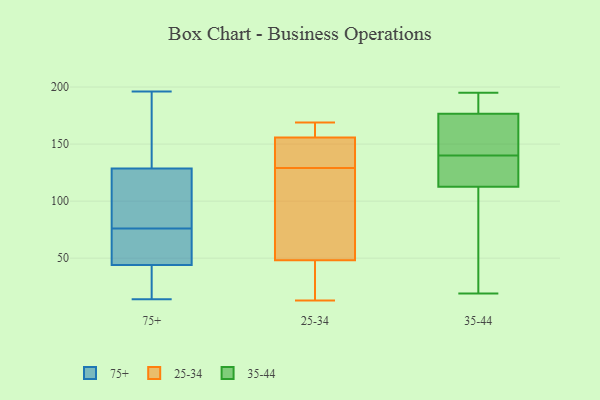
{"axis": {"x": "Energy Usage (MWh)", "y": "Value"}, "legend": ["25-34", "35-44", "75+"], "data": [{"x": "", "y": 117, "type": "75+"}, {"x": "", "y": 46, "type": "75+"}, {"x": "", "y": 42, "type": "75+"}, {"x": "", "y": 136, "type": "75+"}, {"x": "", "y": 92, "type": "75+"}, {"x": "", "y": 121, "type": "75+"}, {"x": "", "y": 21, "type": "75+"}, {"x": "", "y": 148, "type": "75+"}, {"x": "", "y": 52, "type": "75+"}, {"x": "", "y": 14, "type": "75+"}, {"x": "", "y": 59, "type": "75+"}, {"x": "", "y": 196, "type": "75+"}, {"x": "", "y": 103, "type": "75+"}, {"x": "", "y": 150, "type": "75+"}, {"x": "", "y": 60, "type": "75+"}, {"x": "", "y": 39, "type": "75+"}, {"x": "", "y": 80, "type": "25-34"}, {"x": "", "y": 64, "type": "25-34"}, {"x": "", "y": 38, "type": "25-34"}, {"x": "", "y": 150, "type": "25-34"}, {"x": "", "y": 13, "type": "25-34"}, {"x": "", "y": 24, "type": "25-34"}, {"x": "", "y": 163, "type": "25-34"}, {"x": "", "y": 23, "type": "25-34"}, {"x": "", "y": 157, "type": "25-34"}, {"x": "", "y": 43, "type": "25-34"}, {"x": "", "y": 152, "type": "25-34"}, {"x": "", "y": 160, "type": "25-34"}, {"x": "", "y": 114, "type": "25-34"}, {"x": "", "y": 146, "type": "25-34"}, {"x": "", "y": 165, "type": "25-34"}, {"x": "", "y": 137, "type": "25-34"}, {"x": "", "y": 129, "type": "25-34"}, {"x": "", "y": 169, "type": "25-34"}, {"x": "", "y": 101, "type": "25-34"}, {"x": "", "y": 128, "type": "35-44"}, {"x": "", "y": 136, "type": "35-44"}, {"x": "", "y": 140, "type": "35-44"}, {"x": "", "y": 195, "type": "35-44"}, {"x": "", "y": 189, "type": "35-44"}, {"x": "", "y": 68, "type": "35-44"}, {"x": "", "y": 173, "type": "35-44"}, {"x": "", "y": 90, "type": "35-44"}, {"x": "", "y": 155, "type": "35-44"}, {"x": "", "y": 130, "type": "35-44"}, {"x": "", "y": 19, "type": "35-44"}, {"x": "", "y": 184, "type": "35-44"}, {"x": "", "y": 189, "type": "35-44"}, {"x": "", "y": 162, "type": "35-44"}, {"x": "", "y": 174, "type": "35-44"}, {"x": "", "y": 45, "type": "35-44"}, {"x": "", "y": 120, "type": "35-44"}]}